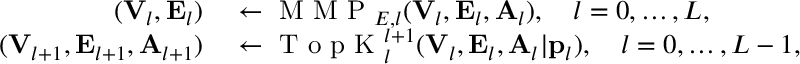
\begin{array} { r l } { ( { \bf V } _ { l } , { \bf E } _ { l } ) } & { { } \leftarrow \mathrm { ~ M ~ M ~ P ~ } _ { { \cal E } , l } ( { \bf V } _ { l } , { \bf E } _ { l } , { \bf A } _ { l } ) , \quad l = 0 , \ldots , L , } \\ { ( { \bf V } _ { l + 1 } , { \bf E } _ { l + 1 } , { \bf A } _ { l + 1 } ) } & { { } \leftarrow \mathrm { ~ T ~ o ~ p ~ K ~ } _ { l } ^ { l + 1 } ( { \bf V } _ { l } , { \bf E } _ { l } , { \bf A } _ { l } | { \bf p } _ { l } ) , \quad l = 0 , \ldots , L - 1 , } \end{array}